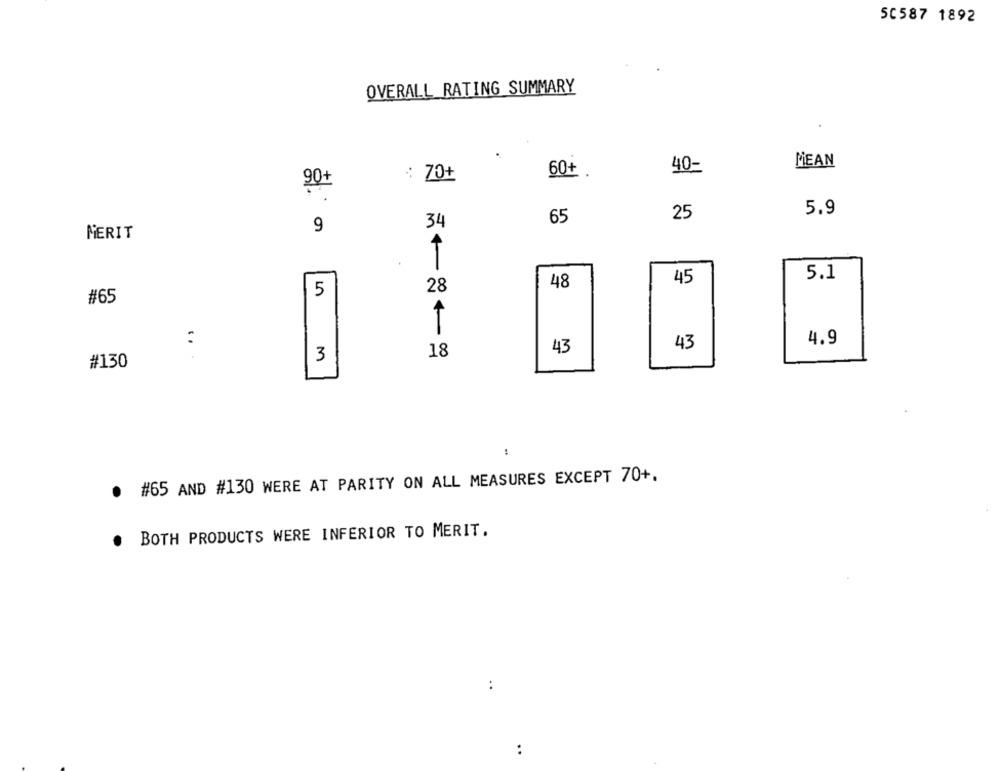
50587 1892
OVERALL RATING SUMMARY
MEAN
40-
: 70+
60+
90+
25
5.9
65
9
34
MERIT
T
5.1
48
45
5
28
#65
43
4.9
18
43
.. .
3
#130
:
#65 AND #130 WERE AT PARITY ON ALL MEASURES EXCEPT 70+.
BOTH PRODUCTS WERE INFERIOR TO MERIT.
..
..